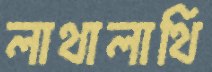
লাথালাথি